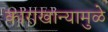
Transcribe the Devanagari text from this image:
काराखान्यामुळे